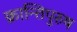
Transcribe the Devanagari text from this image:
क्रान्तिपुरुष